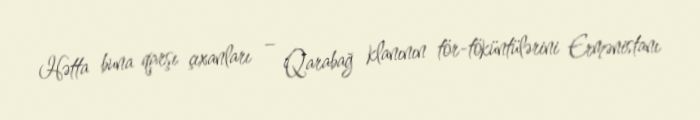
Hətta buna qarşı çıxanları – Qarabağ klanının tör-töküntülərini Ermənistanı